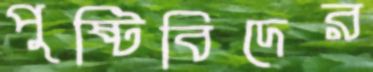
পুষ্টিবিদের